Madras plague regulations in force outside the Presidency town - Volume 5
Disease focus: Plague
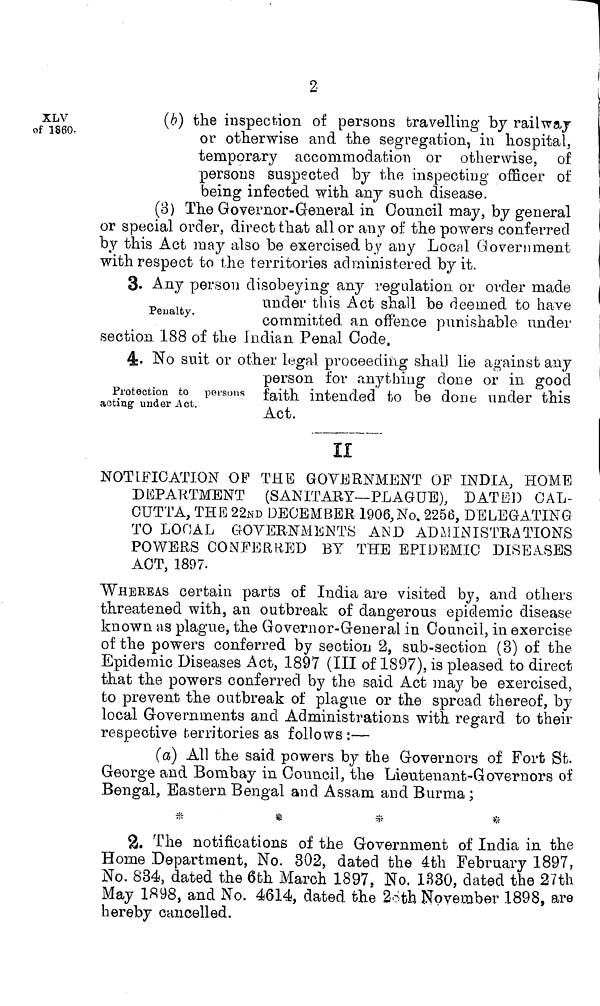
2
XLV
of I860-
(6) the inspection of persons travelling by railway
or otherwise and the segregation, in hospital,
temporary accommodation or otherwise, of
persons suspected by the inspecting officer of
being infected with any such disease.
(3) The Governor-General in Council may, by general
or special order, direct that all or any of the powers conferred
by this Act may also be exercised by any Local Government
with respect to the territories administered by it.
Penalty
3. Any person disobeying any regulation or order made
under this Act shall be deemed to have
committed an offence punishable under
section 188 of the Judian Penal Code.
Protection to persons
acting- under .Act.
4- No suit or other legal proceeding shall lie against any
person for anything clone or in good
faith intended to be done under this
Act.
11
NOTIFICATION OP THE GOVERNMENT OF INDIA, HOME
DEPARTMENT
(SANITARY—PLAGUE), DATED CAL-
CUTTA, THE 22nd DECEMBER 1906,No. 2256, DELEGATING
TO LOCAL GOVERNMENTS AND ADMINISTRATIONS
POWERS CONFERRED BY THE EPIDEMIC DISEASES
ACT, 1897.
WHEREAS certain parts of India are visited by, and others
threatened with, an outbreak of dangerous epidemic disease
known as plague, the Governor-General in Council, in exercise
of the powers conferred by section 2, sub-section (3) of the
Epidemic Diseases Act, 1897 (III of 1897), is pleased to direct
that the powers conferred by the said Act may be exercised,
to prevent the outbreak of plague or the spread thereof, by
local Governments and Administrations with regard to their
respective territories as follows :—
(a) All the said powers by the Governors of Fort St.
George and Bombay in Council, the Lieutenant-Governors of
Bengal, Eastern Bengal and Assam and Burma ;
*
*
*
*
2. The notifications of the Government of India in the
Home Department, No. 302, dated the 4th February 1897,
No, 834, dated the 6th March 1897, No. 1330, dated the 27th
May 1898, and No. 4614, dated the 2oth November 1898, are
hereby cancelled.